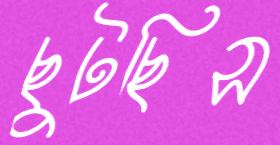
ছুটছিস